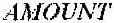
AMOUNT